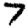
Digit: 7